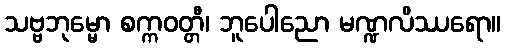
သဗ္ဗဘုမ္မော စက္ကဝတ္တီ၊ ဘူပေါညော မဏ္ဍလိဿရော။